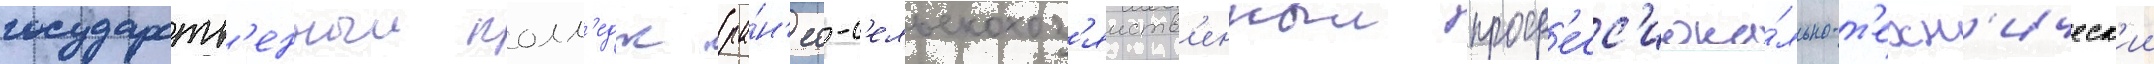
государств'енныи колл'едж (ра́н'ее-с'ельскохоз'яиств'енныи проф'есс'иона́льно-т'ехн'ическ'ии